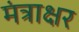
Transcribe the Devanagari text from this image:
मंत्राक्षर